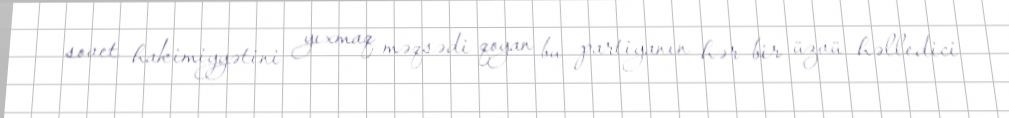
sovet hakimiyyətini yıxmaq məqsədi qoyan bu partiyanın hər bir üzvü həlledici